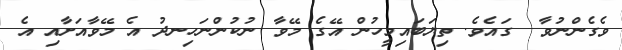
ވެގެންނުވާ  ގައެވެ. ތިޔަބައިމީހުން އޭގެ މޭވާ ނުކުންނަހިނދު އެ މޭވާއަށާއި އެ